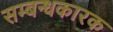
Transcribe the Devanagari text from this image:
सम्बन्धकारक